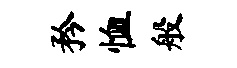
矜恤般